Vaccination in Burma 1920-1933 - 1920-1933
Year: 1920
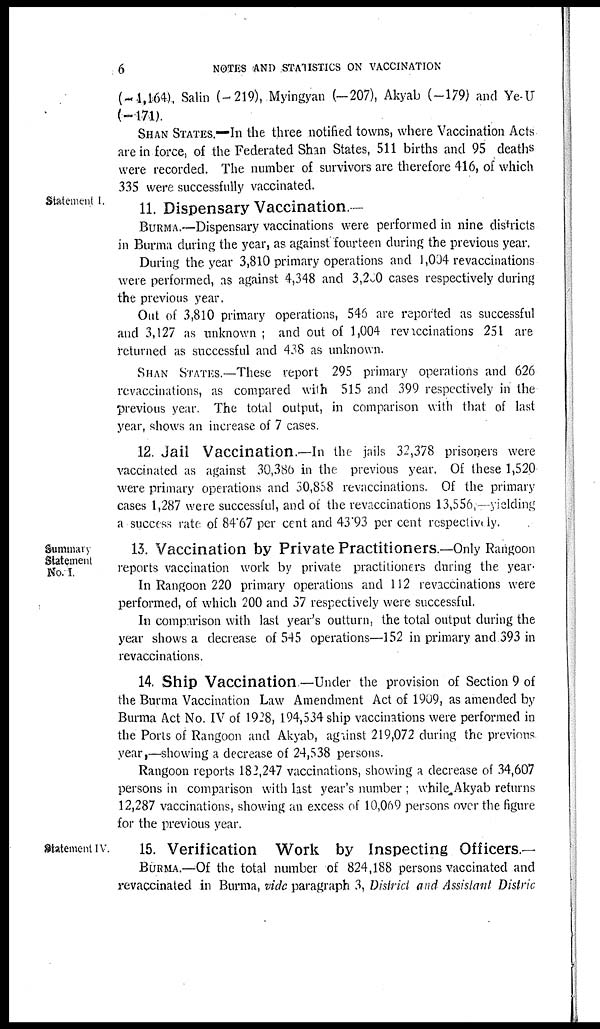
6
NOTES AND STATISTICS ON VACCINATION
(-1,164), Salin (-219), Myingyan (-207), Akyab (-179) and Ye-U
(-171).
SHAN STATES.—In the three notified towns, where Vaccination Acts
are in force, of the Federated Shan States, 511 births and 95 deaths
were recorded. The number of survivors are therefore 416, of which
335 were successfully vaccinated.
Statement I.
11. Dispensary Vaccination. —
BURMA.—Dispensary vaccinations were performed in nine districts
in Burma during the year, as against fourteen during the previous year.
During the year 3,810 primary operations and 1,004 revaccinations
were performed, as against 4,348 and 3,200 cases respectively during
the previous year.
Out of 3,810 primary operations, 546 are reported as successful
and 3,127 as unknown ; and out of 1,004 revaccinations 251 are
returned as successful and 438 as unknown.
SHAN STATES.—These report 295 primary operations and 626
revaccinations, as compared with 515 and 399 respectively in the
previous year. The total output, in comparison with that of last
year, shows an increase of 7 cases.
12. Jail Vaccination.—In the jails 32,378 prisoners were
vaccinated as against 30,386 in the previous year. Of these 1,520
were primary operations and 30,858 revaccinations. Of the primary
cases 1,287 were successful, and of the revaccinations 13,556,—yielding
a success rate of 84.67 per cent and 43.93 per cent respectively.
Summary
Statement
No. I.
13. Vaccination by Private Practitioners.—Only Rangoon
reports vaccination work by private practitioners during the year.
In Rangoon 220 primary operations and 112 revaccinations were
performed, of which 200 and 37 respectively were successful.
In comparison with last year's outturn, the total output during the
year shows a decrease of 545 operations—152 in primary and 393 in
revaccinations.
14. Ship Vaccination.—Under the provision of Section 9 of
the Burma Vaccination Law Amendment Act of 1909, as amended by
Burma Act No. IV of 1928, 194,534 ship vaccinations were performed in
the Ports of Rangoon and Akyab, against 219,072 during the previous
year,—showing a decrease of 24,538 persons.
Rangoon reports 182,247 vaccinations, showing a decrease of 34,607
persons in comparison with last year's number ; while Akyab returns
12,287 vaccinations, showing an excess of 10,069 persons over the figure
for the previous year.
Statement IV.
15. Verification Work by Inspecting Officers.—
BURMA. —Of the total number of 824,188 persons vaccinated and
revaccinated in Burma, vide paragraph 3, District and Assistant Distric